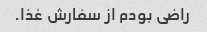
راضی بودم از سفارش غذا.